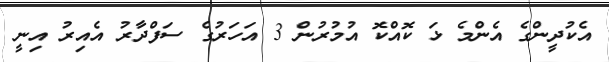
އެކުދީންގެ އެންމެ ޅަ ކޮއްކޮ އުމުރުން 3 އަހަރުގެ ސަފްދާރު އެއިރު އިނީ